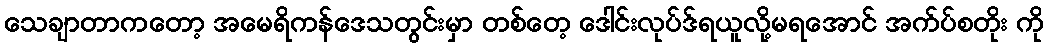
သေချာတာကတော့ အမေရိကန်ဒေသတွင်းမှာ တစ်တေ့ ဒေါင်းလုပ်ဒ်ရယူလို့မရအောင် အက်ပ်စတိုး ကို